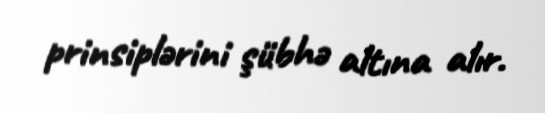
prinsiplərini şübhə altına alır.